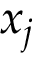
x _ { j }